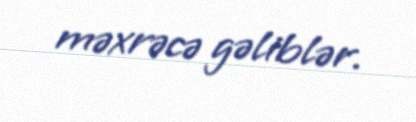
məxrəcə gəliblər.